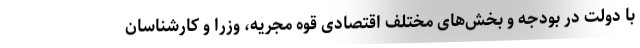
با دولت در بودجه و بخش‌های مختلف اقتصادی قوه مجریه، وزرا و کارشناسان